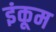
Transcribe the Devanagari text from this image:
इंकूम